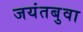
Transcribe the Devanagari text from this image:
जयंतबुवा